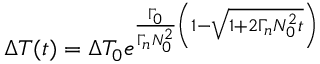
\Delta T ( t ) = \Delta T _ { 0 } e ^ { \frac { \Gamma _ { 0 } } { \Gamma _ { n } N _ { 0 } ^ { 2 } } \left( 1 - \sqrt { 1 + 2 \Gamma _ { n } N _ { 0 } ^ { 2 } t } \right) }